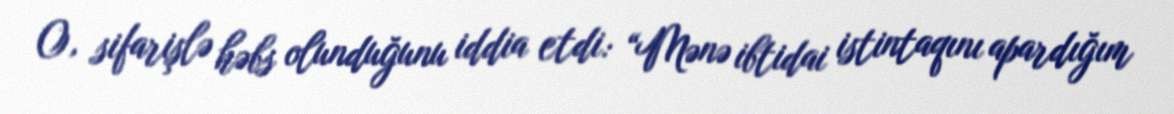
O, sifarişlə həbs olunduğunu iddia etdi: “Mənə ibtidai istintaqını apardığım